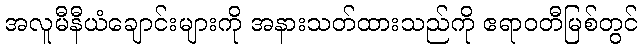
အလူမီနီယံချောင်းများကို အနားသတ်ထားသည်ကို ဧရာဝတီမြစ်တွင်